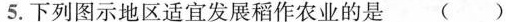
5.下列图示地区适宜发展稻作农业的是()